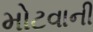
મોટવાની